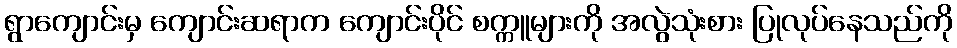
ရွာကျောင်းမှ ကျောင်းဆရာက ကျောင်းပိုင် စက္ကူများကို အလွဲသုံးစား ပြုလုပ်နေသည်ကို